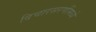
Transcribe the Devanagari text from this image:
विचारसरणींमध्ये